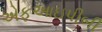
એફઆઇપીબી